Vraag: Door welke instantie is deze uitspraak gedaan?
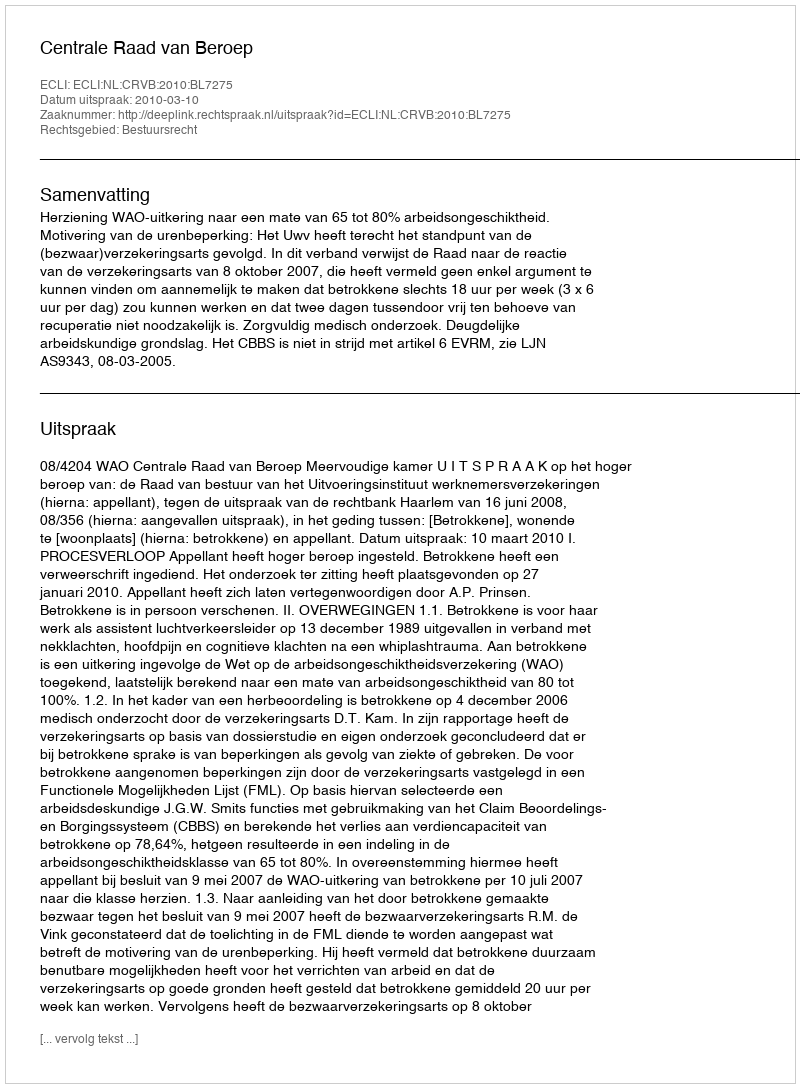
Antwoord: Centrale Raad van Beroep